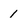
Character: 1